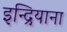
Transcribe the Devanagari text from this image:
इन्द्रियाना